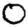
Digit: 0